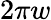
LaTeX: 2\pi w